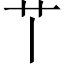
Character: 𦫳